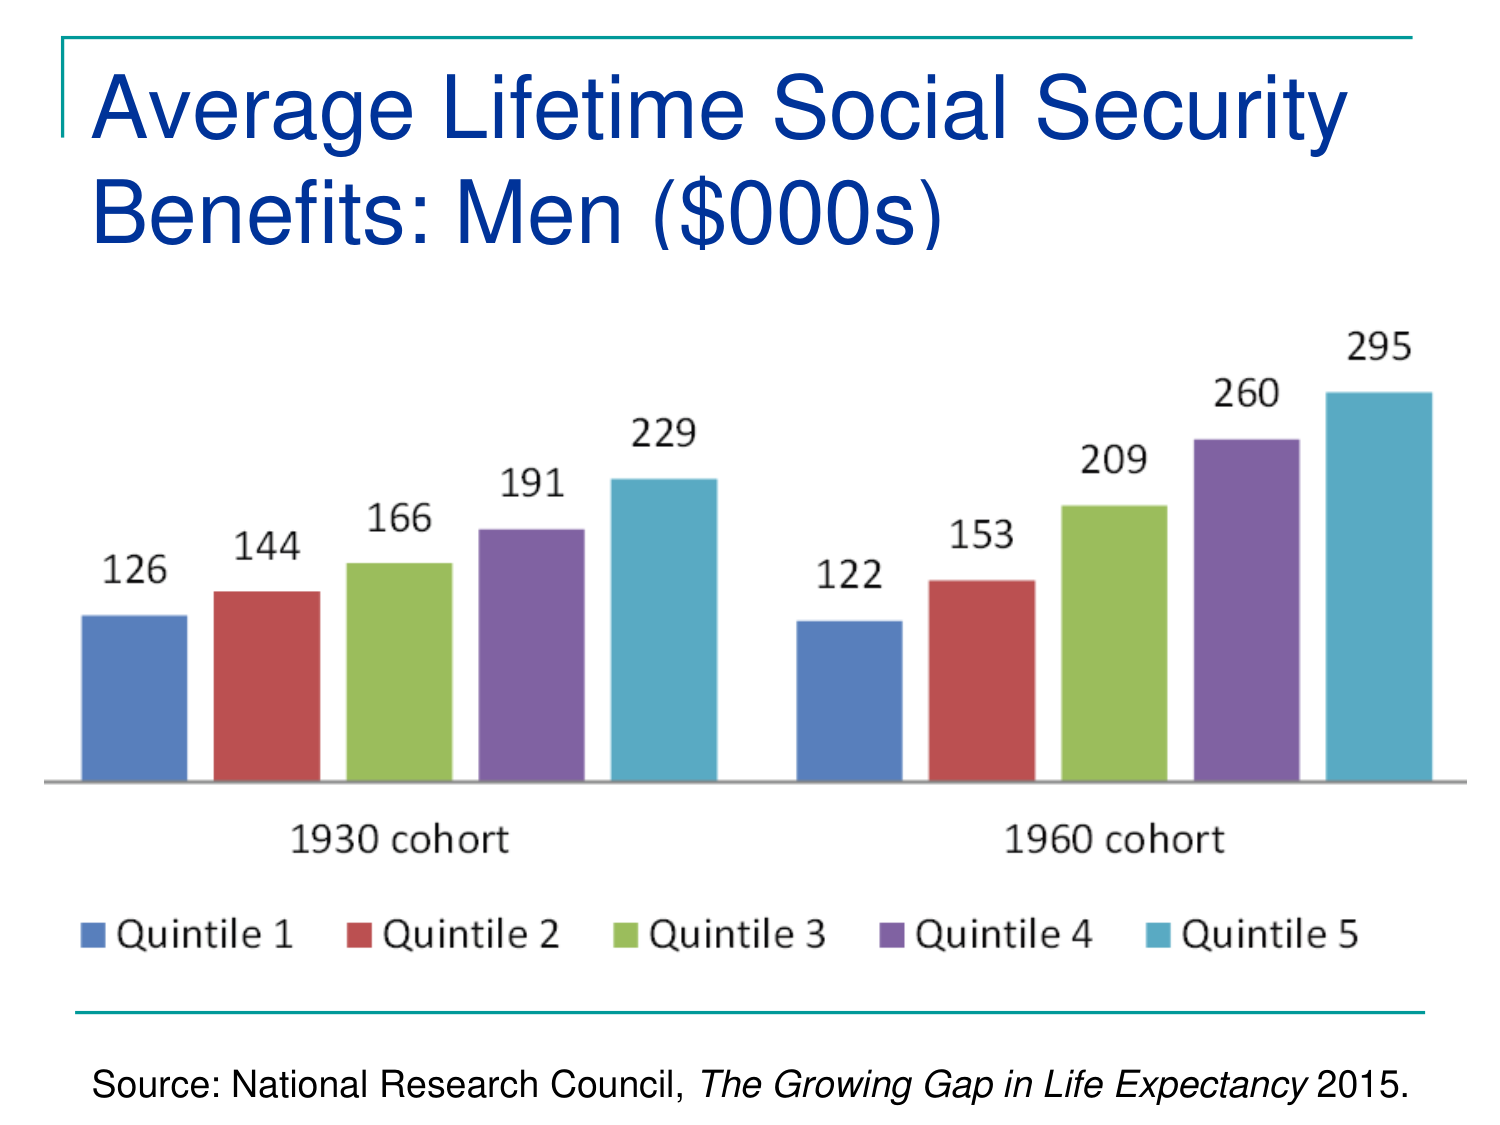
Average Lifetime Social Security Benefits: Men ($000s)

126
144
166
191
229
122
153
209
260
295

1930 cohort
1960 cohort

Quintile 1
Quintile 2
Quintile 3
Quintile 4
Quintile 5

Source: National Research Council, The Growing Gap in Life Expectancy 2015.